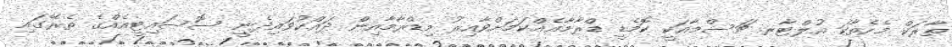
ތާރަކް މެހެތާކަ އުލްޓާރ ޗަސްމާއަކީ ކޮމެޑީ ޑްރާމާއެއްކަމަށްވާއިރު މިޑްރާމާއިން ދައްކުވައިދެނީ ސޮސައިޓީއެއްގެ ތެރޭގައި